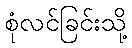
စုံလင်ခြင်းသို့